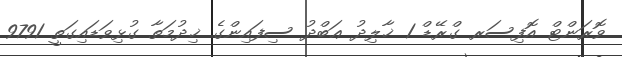
ވޮރަންޓް އޮފިސަރ ގްރޭޑް 1 ޚާލިދު ޢަބްދު ސިފައިންގެ ޚިދުމަތާ ގުޅިވަޑައިގަތީ 9791